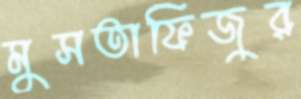
মুসতাফিজুর